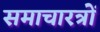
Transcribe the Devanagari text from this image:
समाचारत्रों